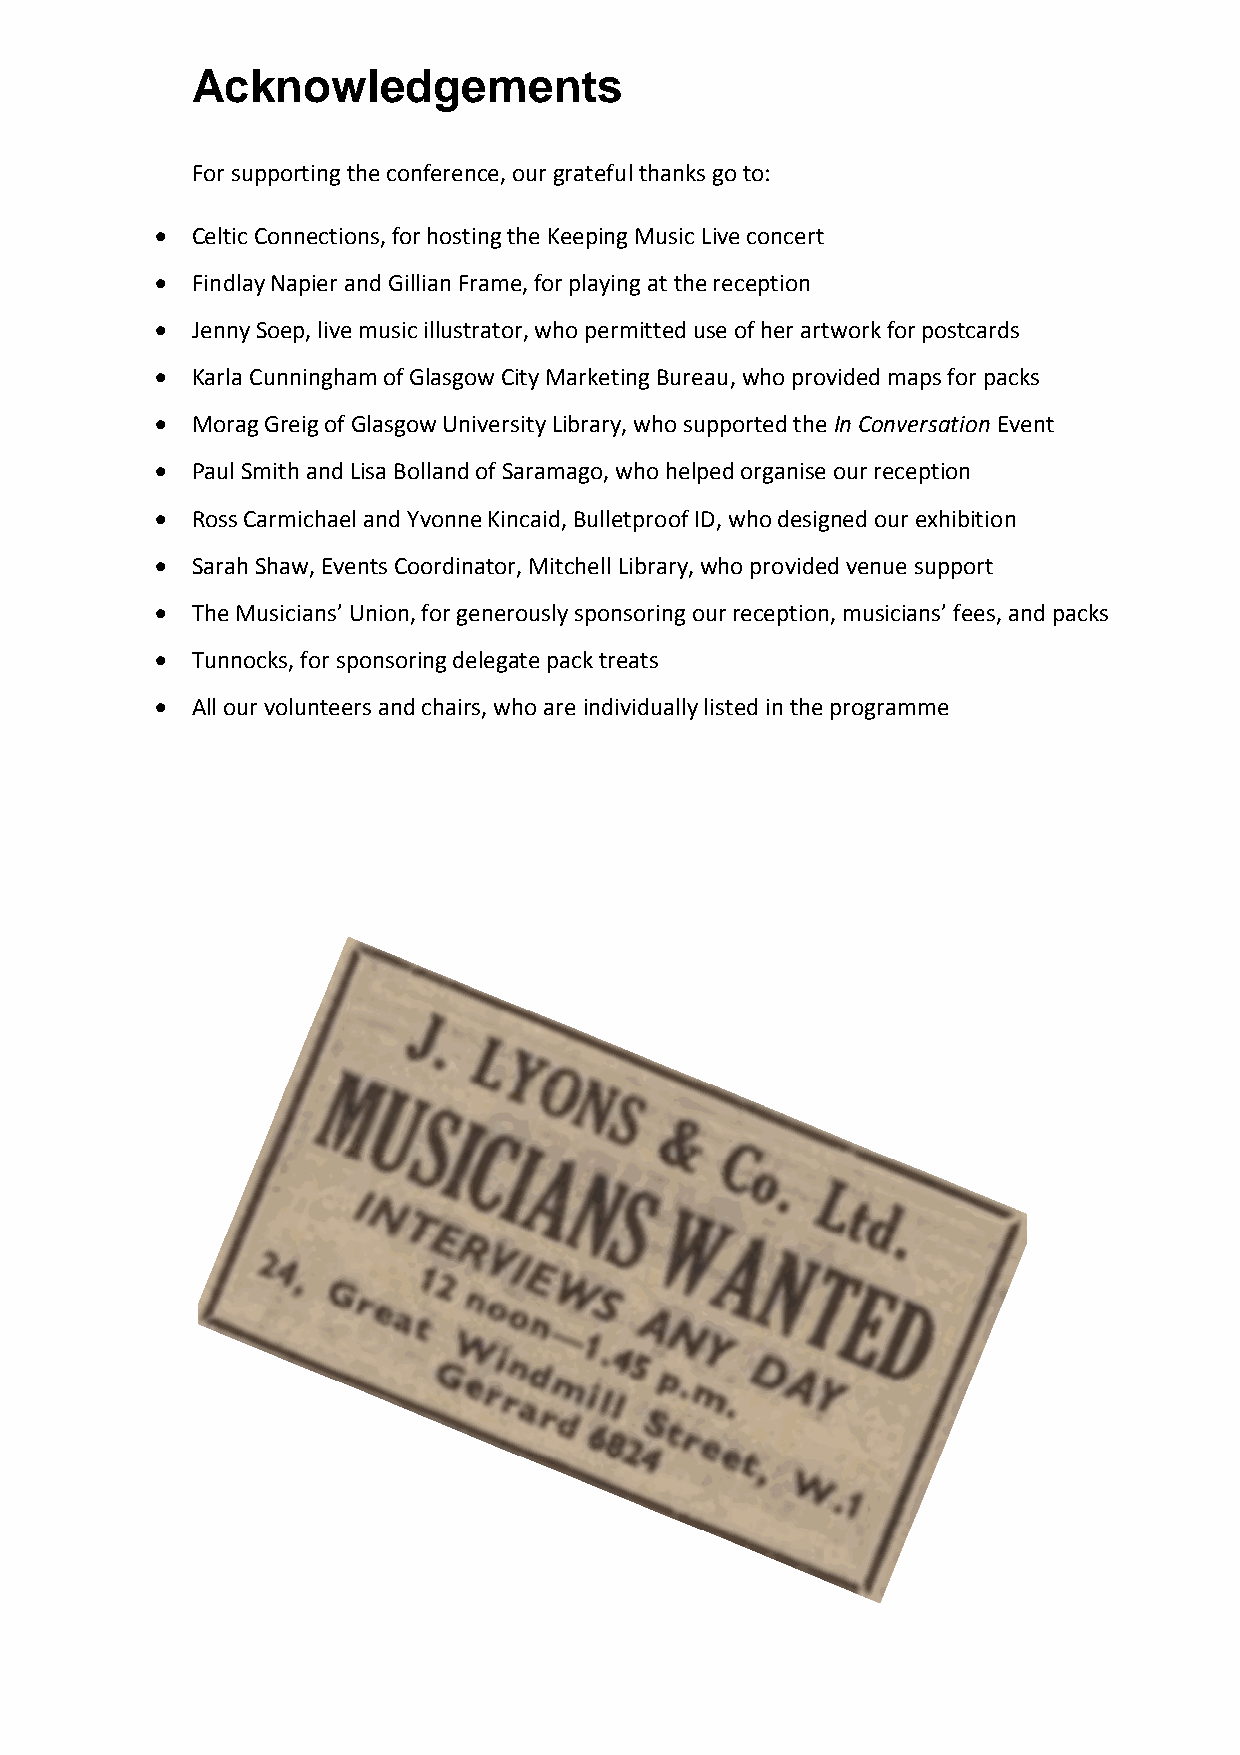
Acknowledgements
 For supporting the conference, our grateful thanks go to:
 •  Celtic Connections, for hosting the Keeping Music Live concert
 •  Findlay Napier and Gillian Frame, for playing at the reception
 •  Jenny Soep, live music illustrator, who permitted use of her artwork for postcards
 •  Karla Cunningham of Glasgow City Marketing Bureau, who provided maps for packs
 •  Morag Greig of Glasgow University Library, who supported the In Conversation Event
 •  Paul Smith and Lisa Bolland of Saramago, who helped organise our reception
 •  Ross Carmichael and Yvonne Kincaid, Bulletproof ID, who designed our exhibition
 •  Sarah Shaw, Events Coordinator, Mitchell Library, who provided venue support
 •  The Musicians’ Union, for generously sponsoring our reception, musicians’ fees, and packs
 •  Tunnocks, for sponsoring delegate pack treats
 •  All our volunteers and chairs, who are individually listed in the programme